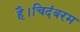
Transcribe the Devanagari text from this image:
है।चिदंबरम